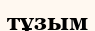
тұзым